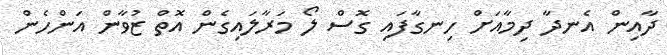
ދާއިން އެނދާ ދިމާއަށް ހިނގާފައި ގޮސް ލޯ މަރާލައިގެން އޮތް ޒުވާން އަންހެން